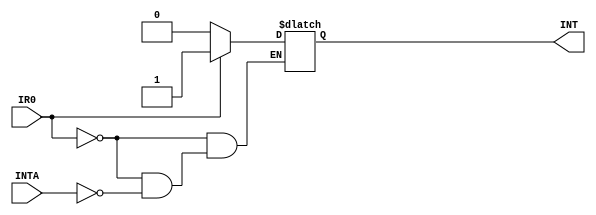
module INTEL_8259( 
input IR0,
input INTA,
output reg INT);

always @ (*)
begin
	if ( IR0 ) // DMA done transfer IO to MEM
		INT = 1;
	else if ( INTA )
		INT = 0;
end
endmodule